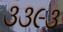
૩૩૯૩